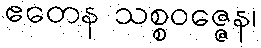
ဧတေန သစ္စဝဇ္ဇေန၊